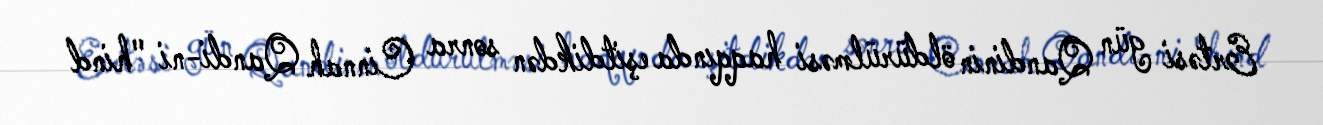
Ertəsi gün Qandinin öldürülməsi haqqında eşitdikdən sonra Cinnah Qandi-ni "hind